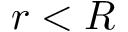
r < R